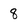
Character: 8